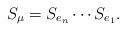
LaTeX: \begin{align*}S_{\mu} = S_{e_n}\cdots S_{e_1}.\end{align*}